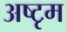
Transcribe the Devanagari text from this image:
अष्टृम